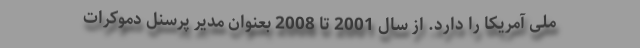
ملی آمریکا را دارد. از سال 2001 تا 2008 بعنوان مدیر پرسنل دموکرات